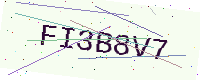
Text: FI3B8V7